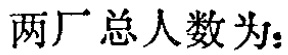
两厂总人数为：